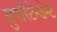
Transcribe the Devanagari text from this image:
सुपरिटेन्डेन्ट